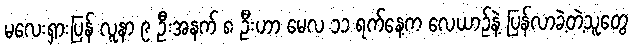
မလေးရှားပြန် လူနာ ၉ ဦးအနက် ၈ ဦးဟာ မေလ ၁၁ ရက်နေ့က လေယာဉ်နဲ့ ပြန်လာခဲ့တဲ့သူတွေ